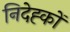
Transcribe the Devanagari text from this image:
निदेह्कों